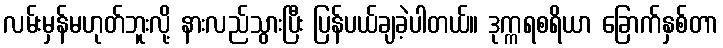
လမ်းမှန်မဟုတ်ဘူးလို့ နားလည်သွားပြီး ပြန်ပယ်ချခဲ့ပါတယ်။ ဒုက္ကရစရိယာ ခြောက်နှစ်တာ